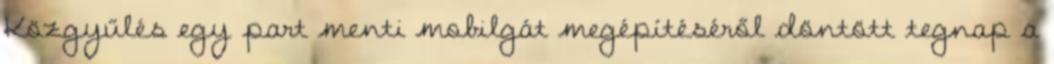
Közgyűlés egy part menti mobilgát megépítéséről döntött tegnap a